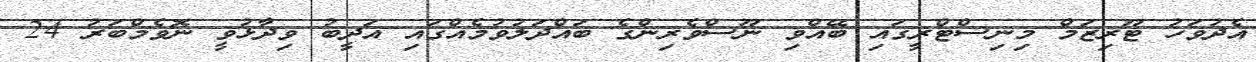
އެދުވަހު ޓޫރިޒަމް މިނިސްޓްރީގައި ބޭއްވި ނޫސްވެރިންގެ ބައްދަލުވުމެއްގައި އަދީބު ވިދާޅުވީ ނޮވެމްބަރު 24